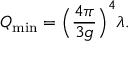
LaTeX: Q _ { \operatorname* { m i n } } = { { \Big ( } { \frac { 4 \pi } { 3 g } } { \Big ) } } ^ { 4 } \lambda .